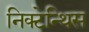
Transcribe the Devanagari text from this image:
निक्टेन्थिस